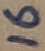
Text: 16